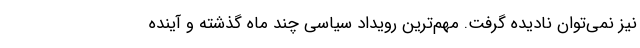
نیز نمی‌توان نادیده گرفت. مهم‌ترین رویداد سیاسی چند ماه گذشته و آینده